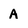
Character: A